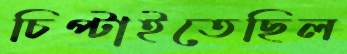
চিপ্‌টাইতেছিল